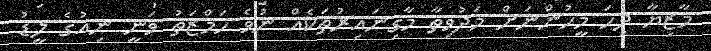
މާޒިޔާ ދިހަ މީހުންނަށް މަދުވިތާ މާގިނައިރުތަކެއް ނުވެ ހަމްޒަތު ވަނީ ނިއުގެ ލީޑު